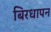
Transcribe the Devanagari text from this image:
बिरधापन